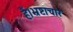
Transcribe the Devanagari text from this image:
हैं।भ्रष्टाचार